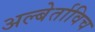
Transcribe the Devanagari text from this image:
अल्बेर्ताविच